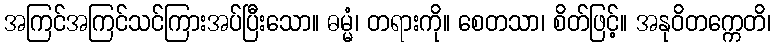
အကြင်အကြင်သင်ကြားအပ်ပြီးသော။ ဓမ္မံ၊ တရားကို။ စေတသာ၊ စိတ်ဖြင့်။ အနုဝိတက္ကေတိ၊